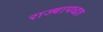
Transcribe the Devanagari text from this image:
राज्यापध्दत